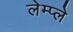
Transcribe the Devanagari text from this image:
लेम्प्ले